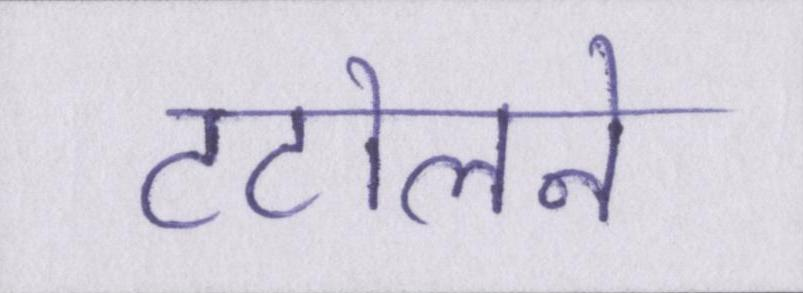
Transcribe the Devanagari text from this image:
टटोलने